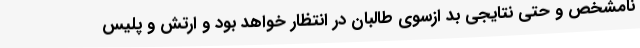
نامشخص و حتی نتایجی بد ازسوی طالبان در انتظار خواهد بود و ارتش و پلیس